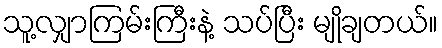
သူ့လျှာကြမ်းကြီးနဲ့ သပ်ပြီး မျိုချတယ်။